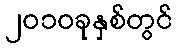
၂၀၁၀ခုနှစ်တွင်